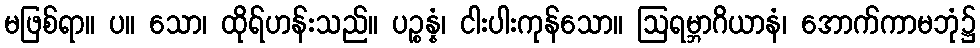
မဖြစ်ရာ။ ပ။ သော၊ ထိုရ်ဟန်းသည်။ ပဉ္စန္နံ၊ ငါးပါးကုန်သော။ ဩရမ္ဘာဂိယာနံ၊ အောက်ကာမဘုံ၌